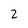
Character: 2